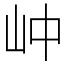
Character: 㞲